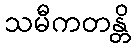
သမီကတန္တိ